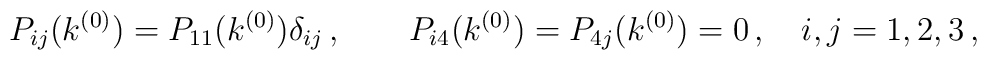
P_{ij}(k^{(0)}) = P_{11}(k^{(0)}) \delta_{ij}\,, \qquad     P_{i4}(k^{(0)}) = P_{4j}(k^{(0)}) = 0 \,, \quad i, j = 1, 2, 3 \,,